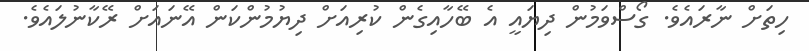
ހިތަށް ނާރައެވެ. ގޯސްވަމުން ދިޔައީ އެ ބޭހާއިގެން ކުރިއަށް ދިޔުމުންކަން އޭނައަށް ރޭކާނުލައެވެ.